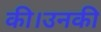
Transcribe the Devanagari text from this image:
की।उनकी